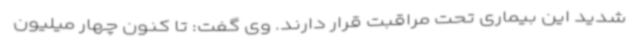
شدید این بیماری تحت مراقبت قرار دارند. وی گفت: تا کنون چهار میلیون